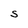
Character: S